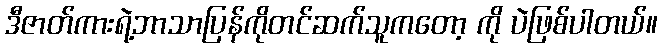
ဒီဇာတ်ကားရဲ့ဘာသာပြန်ကိုတင်ဆက်သူကတော့ ကို ပဲဖြစ်ပါတယ်။